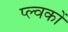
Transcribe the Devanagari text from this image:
प्ल्वकों